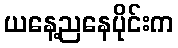
ယနေ့ညနေပိုင်းက